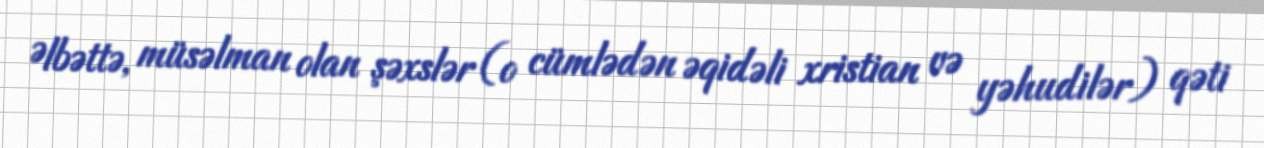
Əlbəttə, müsəlman olan şəxslər (o cümlədən əqidəli xristian və yəhudilər) qəti